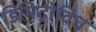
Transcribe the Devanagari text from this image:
डिमिट्रोविच